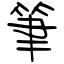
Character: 筆